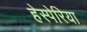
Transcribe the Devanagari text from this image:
हेस्पेरिया